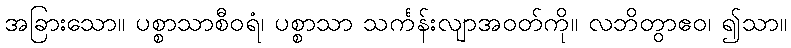
အခြားသော။ ပစ္စာသာစီဝရံ၊ ပစ္စာသာ သင်္ကန်းလျာအဝတ်ကို။ လဘိတွာဧဝ၊ ၍သာ။